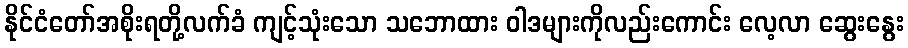
နိုင်ငံတော်အစိုးရတို့လက်ခံ ကျင့်သုံးသော သဘောထား ဝါဒများကိုလည်းကောင်း လေ့လာ ဆွေးနွေး